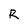
Character: R